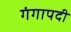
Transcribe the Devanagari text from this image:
गंगापदी